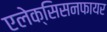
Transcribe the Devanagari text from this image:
एलेक्सिसनफायर